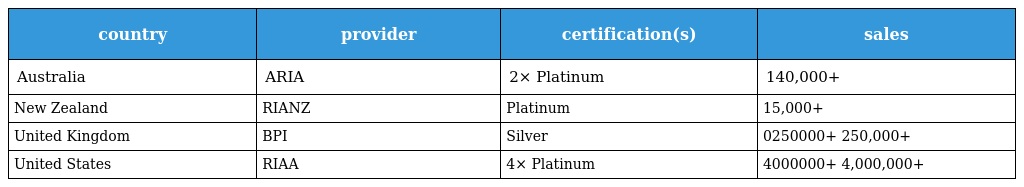
| country | provider | certification(s) | sales |
 | --- | --- | --- | --- |
 | Australia | ARIA | 2× Platinum | 140,000+ |
 | New Zealand | RIANZ | Platinum | 15,000+ |
 | United Kingdom | BPI | Silver | 0250000+ 250,000+ |
 | United States | RIAA | 4× Platinum | 4000000+ 4,000,000+ |